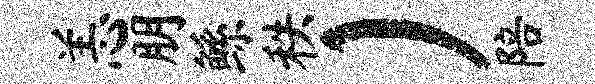
恙朋鲧秩）陪